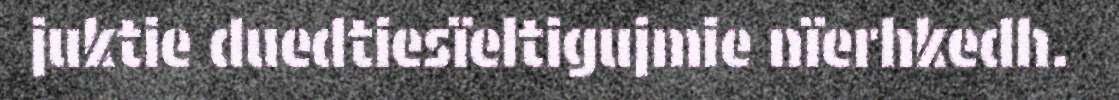
juktie duedtiesïeltigujmie nïerhkedh.